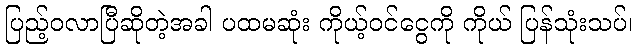
ပြည့်ဝလာပြီဆိုတဲ့အခါ ပထမဆုံး ကိုယ့်ဝင်ငွေကို ကိုယ် ပြန်သုံးသပ်၊